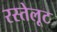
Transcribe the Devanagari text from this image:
रस्तेलूट